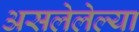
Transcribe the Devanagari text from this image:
असलेलेल्या